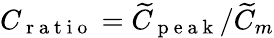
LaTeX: C_{\mathrm{~r~a~t~i~o~}}=\widetilde{C}_{\mathrm{~p~e~a~k~}}/\widetilde{C}_{m}